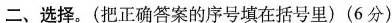
二、选择。(把正确答案的序号填在括号里)(6分)